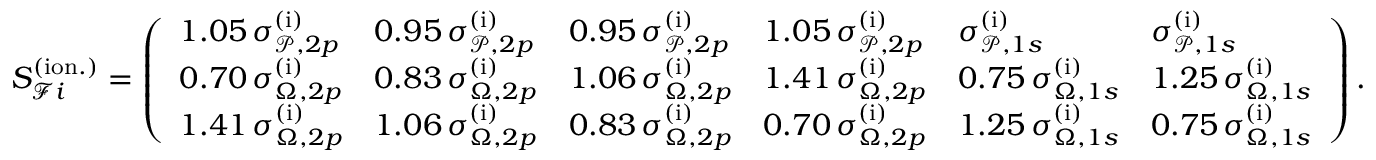
S _ { \mathcal { F } i } ^ { ( \mathrm { i o n . } ) } = \left( \begin{array} { l l l l l l } { 1 . 0 5 \, \sigma _ { \mathcal { P } , 2 p } ^ { ( \mathrm { i } ) } } & { 0 . 9 5 \, \sigma _ { \mathcal { P } , 2 p } ^ { ( \mathrm { i } ) } } & { 0 . 9 5 \, \sigma _ { \mathcal { P } , 2 p } ^ { ( \mathrm { i } ) } } & { 1 . 0 5 \, \sigma _ { \mathcal { P } , 2 p } ^ { ( \mathrm { i } ) } } & { \sigma _ { \mathcal { P } , 1 s } ^ { ( \mathrm { i } ) } } & { \sigma _ { \mathcal { P } , 1 s } ^ { ( \mathrm { i } ) } } \\ { 0 . 7 0 \, \sigma _ { \Omega , 2 p } ^ { ( \mathrm { i } ) } } & { 0 . 8 3 \, \sigma _ { \Omega , 2 p } ^ { ( \mathrm { i } ) } } & { 1 . 0 6 \, \sigma _ { \Omega , 2 p } ^ { ( \mathrm { i } ) } } & { 1 . 4 1 \, \sigma _ { \Omega , 2 p } ^ { ( \mathrm { i } ) } } & { 0 . 7 5 \, \sigma _ { \Omega , 1 s } ^ { ( \mathrm { i } ) } } & { 1 . 2 5 \, \sigma _ { \Omega , 1 s } ^ { ( \mathrm { i } ) } } \\ { 1 . 4 1 \, \sigma _ { \Omega , 2 p } ^ { ( \mathrm { i } ) } } & { 1 . 0 6 \, \sigma _ { \Omega , 2 p } ^ { ( \mathrm { i } ) } } & { 0 . 8 3 \, \sigma _ { \Omega , 2 p } ^ { ( \mathrm { i } ) } } & { 0 . 7 0 \, \sigma _ { \Omega , 2 p } ^ { ( \mathrm { i } ) } } & { 1 . 2 5 \, \sigma _ { \Omega , 1 s } ^ { ( \mathrm { i } ) } } & { 0 . 7 5 \, \sigma _ { \Omega , 1 s } ^ { ( \mathrm { i } ) } } \end{array} \right) .